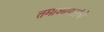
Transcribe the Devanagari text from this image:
तमाशापटांचे